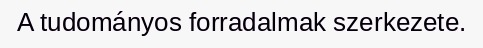
A tudományos forradalmak szerkezete.